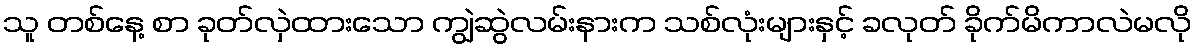
သူ တစ်နေ့ စာ ခုတ်လှဲထားသော ကျွဲဆွဲလမ်းနားက သစ်လုံးများနှင့် ခလုတ် ခိုက်မိကာလဲမလို